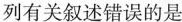
列有关叙述错误的是